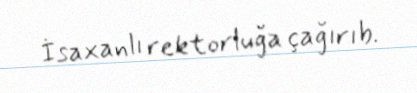
İsaxanlı rektorluğa çağırıb.